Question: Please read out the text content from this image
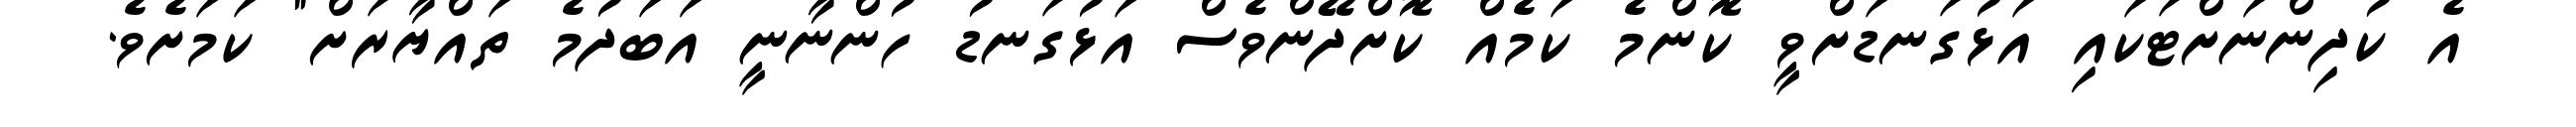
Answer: އެ ކުދިންނަށްޓަކައި އަޅުގަނޑަށްވީ ކޮންމެ ކަމެއް ކޮށްދޭންވެސް އަޅުގަނޑު ހުންނާނީ އަބަދުމެ ތައްޔާރަށް" ކަމަށެވެ.